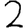
Digit: 2